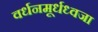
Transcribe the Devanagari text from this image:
वर्धनमूर्धध्वजा